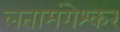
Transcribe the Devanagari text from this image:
लतामंगेश्कर